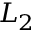
L _ { 2 }